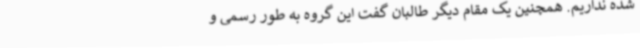
شده نداریم. همچنین یک مقام دیگر طالبان گفت این گروه به طور رسمی و